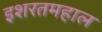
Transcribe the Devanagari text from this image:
इशरतमहाल